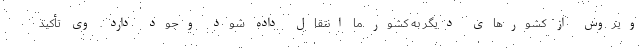
ویروس از کشورهای دیگر به کشور ما انتقال داده شود وجود دارد. وی تأکید